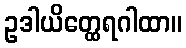
ဥဒါယိတ္ထေရဂါထာ။